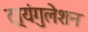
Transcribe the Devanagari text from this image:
ट्रायंगुलेशन